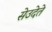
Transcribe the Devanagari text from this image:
सेउदेते